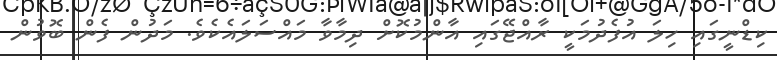
ކިޑްނީގައި ހިލަ އުފެދުމަކީ ރާއްޖޭގައި އާންމުކޮށް ދިމާވާ މައްސަލައެކެވެ. މަދުން ފެން ބޮވުން